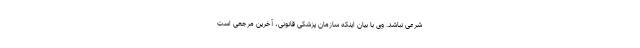
شرعی نباشد. وی با بیان اینکه سازمان پزشکی قانونی، آخرین مرجعی است